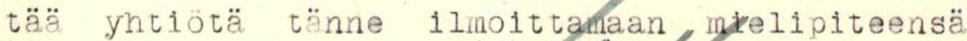
tää yhtiötä tänne ilmoittamaan mielipiteensä